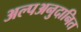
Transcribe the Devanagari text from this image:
अल्पअनुदानित